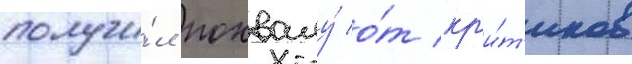
получи́л похвалу́ о́т кр'и́т'иков